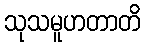
သုသမူဟတာတိ